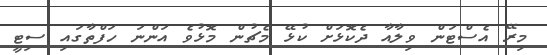
މިރޭ އެސްޓަން ވިލާއާ ދެކޮޅަށް ކުޅޭ މެޗުން މޮޅުވެ އަންނަ ހަފްތާގައި ސިޓީ